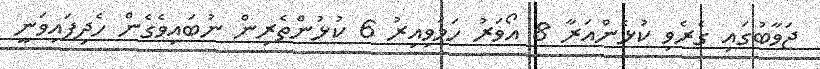
ޖަވާބުގައި ގެރެވި ކުޅެންއަރާ 8 އޯވަރު ހަމަވިިއިރު 6 ކުޅުންތެރިން ނުބައިވެގެން ހެދިފައިވަނީ